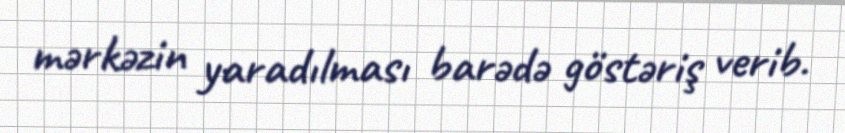
mərkəzin yaradılması barədə göstəriş verib.